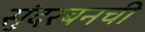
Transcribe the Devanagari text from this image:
सुंदरबनची